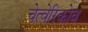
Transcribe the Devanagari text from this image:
चेत्वेरिकोव